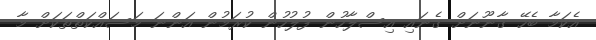
އެކަމާ ބެހޭ ގާނޫނަށް ގެނައި އިސްލާހުން ފުލުހުން ކުރަމުން އަންނަ މަސައްކަތްތަކަށް މާ